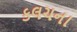
કલચના